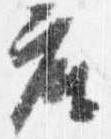
座